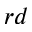
^ { r d }